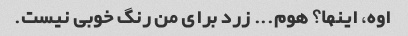
اوه، اینها؟ هوم... زرد برای من رنگ خوبی نیست.